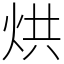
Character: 烘